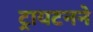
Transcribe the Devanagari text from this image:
ट्रायटनने